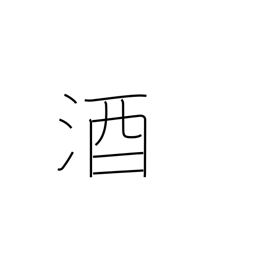
Meaning: sake